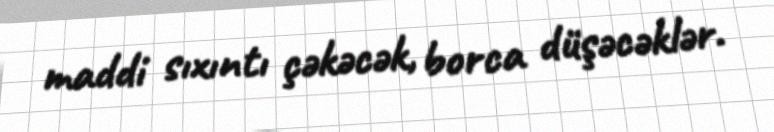
maddi sıxıntı çəkəcək, borca düşəcəklər.